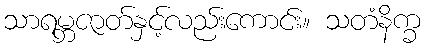
သာရမ္ဘဇာတ်နှင့်လည်းကောင်း။ သတံနိက္ခ